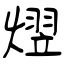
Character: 熤